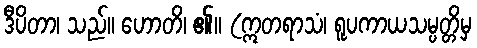
ဒီပိတာ၊ သည်။ ဟောတိ၊ ၏။ (ဣတရာသံ၊ ရူပကာယသမ္ပတ္တိမှ